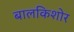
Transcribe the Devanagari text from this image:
बालकिशोर